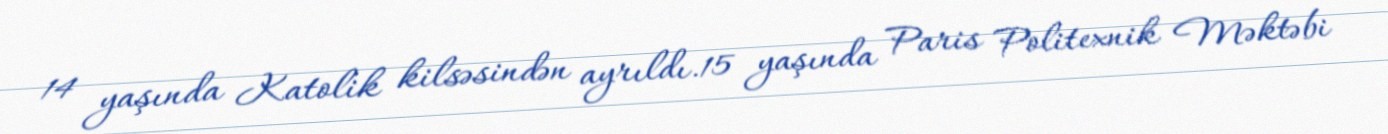
14 yaşında Katolik kilsəsindən ayrıldı.15 yaşında Paris Politexnik Məktəbi